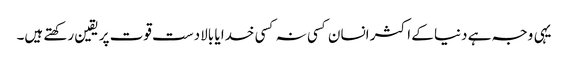
یہی وجہ ہے دنیا کے اکثر انسان کسی نہ کسی خدا یا بالادست قوت پر یقین رکھتے ہیں۔